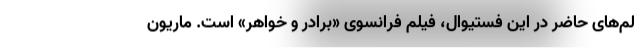
لم‌های حاضر در این فستیوال، فیلم فرانسوی «برادر و خواهر» است. ماریون